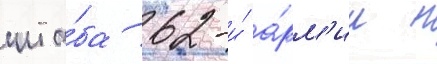
шта́ба 62-и́ а́рм'ии н